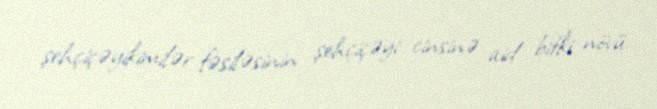
şehçiçəyikimilər fəsiləsinin şehçiçəyi cinsinə aid bitki növü.